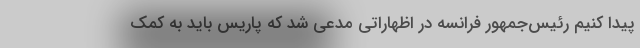
پیدا کنیم رئیس‌جمهور فرانسه در اظهاراتی مدعی شد که پاریس باید به کمک